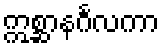
ဣစ္ဆာနင်္ဂလကာ